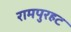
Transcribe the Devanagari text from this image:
रामपुरहट